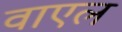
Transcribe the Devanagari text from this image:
वाएल